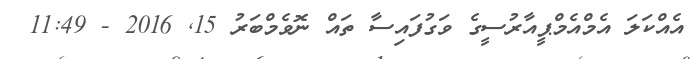
އެއްކަލަ އެމްއެމްޕީއާރުސީގެ ވަގުފައިސާ ތައް ނޮވެމްބަރު 15